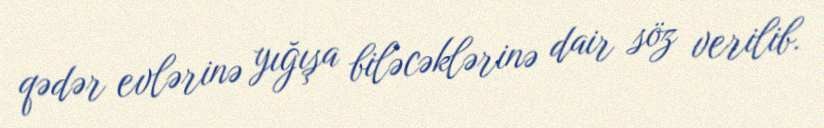
qədər evlərinə yığışa biləcəklərinə dair söz verilib.